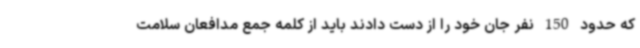
که حدود 150 نفر جان خود را از دست دادند باید از کلمه جمع مدافعان سلامت